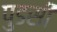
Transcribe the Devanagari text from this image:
पुडसी